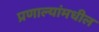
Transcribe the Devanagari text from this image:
प्रणाल्यांमधील